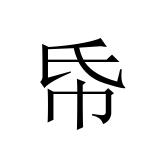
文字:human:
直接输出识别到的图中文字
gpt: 帋